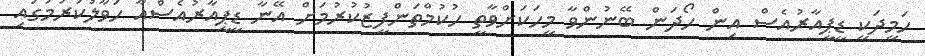
ހަމީދަކީ ޑީޕީއާރުއެސް އިން ހޯދަން ބޭނުންވާ މީހަކަށްވާތީ ހުކުމްތަންފީޒުކުރުމަށް އޭނާ ޑީޕީއާރުއެސްއާ ހަވާލުކުރުމުގައި